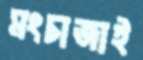
মংচাজাই